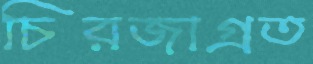
চিরজাগ্রত